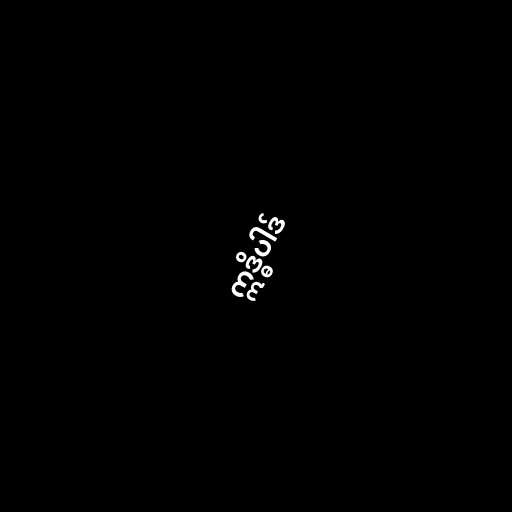
ဣဒ္ဓိပါဒ်